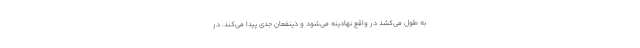
به طول می‌کشد در واقع نهادینه می‌شود و ذینفعان جدی پیدا می‌کند. در